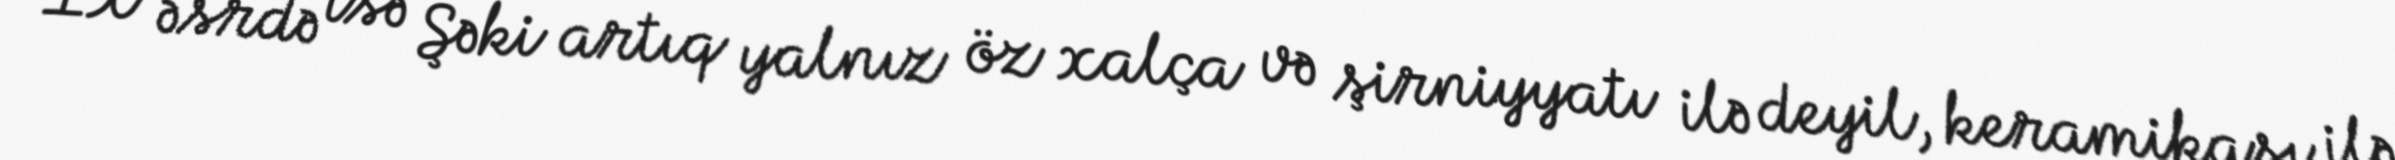
IX əsrdə isə Şəki artıq yalnız öz xalça və şirniyyatı ilə deyil, keramikası ilə